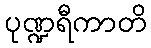
ပုဏ္ဍရီကာတိ